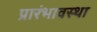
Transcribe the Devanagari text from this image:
प्रारंभावस्था